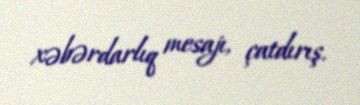
xəbərdarlıq mesajı, çatdırış.